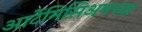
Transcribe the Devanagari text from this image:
आर्टेमिसिअमच्या